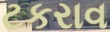
ટકરાવ